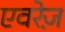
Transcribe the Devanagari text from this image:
एवरेज़